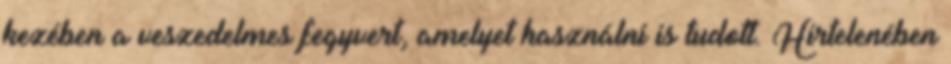
kezében a veszedelmes fegyvert, amelyet használni is tudott. Hirtelenében